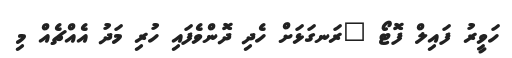
ހަވީރު ފައިލް ފޮޓޯ "ރަނގަޅަށް ހެދި ދޮންވެފައި ހުރި މަދު އެއްޗެއް މި